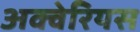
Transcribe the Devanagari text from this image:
अक्वेरियस